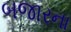
બજારના